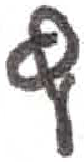
אות: ץ